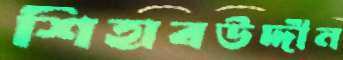
শিহাবউদ্দীন